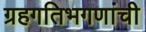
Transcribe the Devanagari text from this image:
ग्रहगतिभगणांची